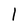
Character: l